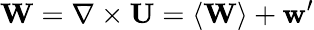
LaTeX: \mathbf{W}=\nabla\times\mathbf{U}=\left\langle\mathbf{W}\right\rangle+\mathbf{w}^{\prime}